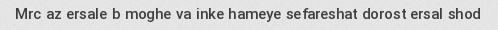
Mrc az ersale b moghe va inke hameye sefareshat dorost ersal shod